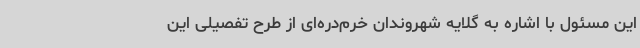
این مسئول با اشاره به گلایه شهروندان خرم‌دره‌ای از طرح تفصیلی این